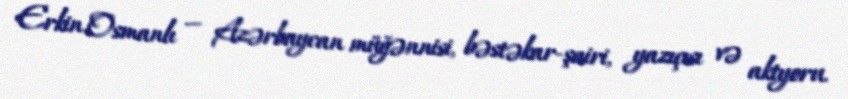
Erkin Osmanlı — Azərbaycan müğənnisi, bəstəkar-şairi, yazıçısı və aktyoru.